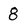
Character: 8